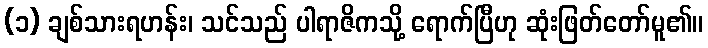
(၁) ချစ်သားရဟန်း၊ သင်သည် ပါရာဇိကသို့ ရောက်ပြီဟု ဆုံးဖြတ်တော်မူ၏။